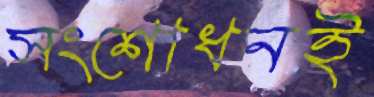
সংশোধনই